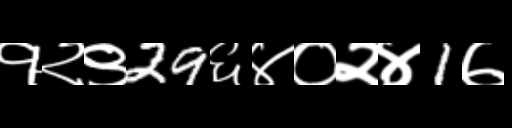
Text: १२९29६४०२४1७